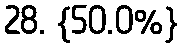
28. {50.0%}